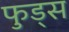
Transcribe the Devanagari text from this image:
फुड्स